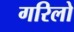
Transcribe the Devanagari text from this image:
गरिलो